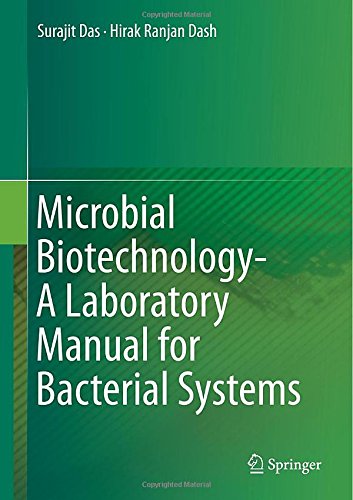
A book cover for Microbial Biotechnology- A Laboratory Manual for Bacterial Systems; Surajit Das; Medical Books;